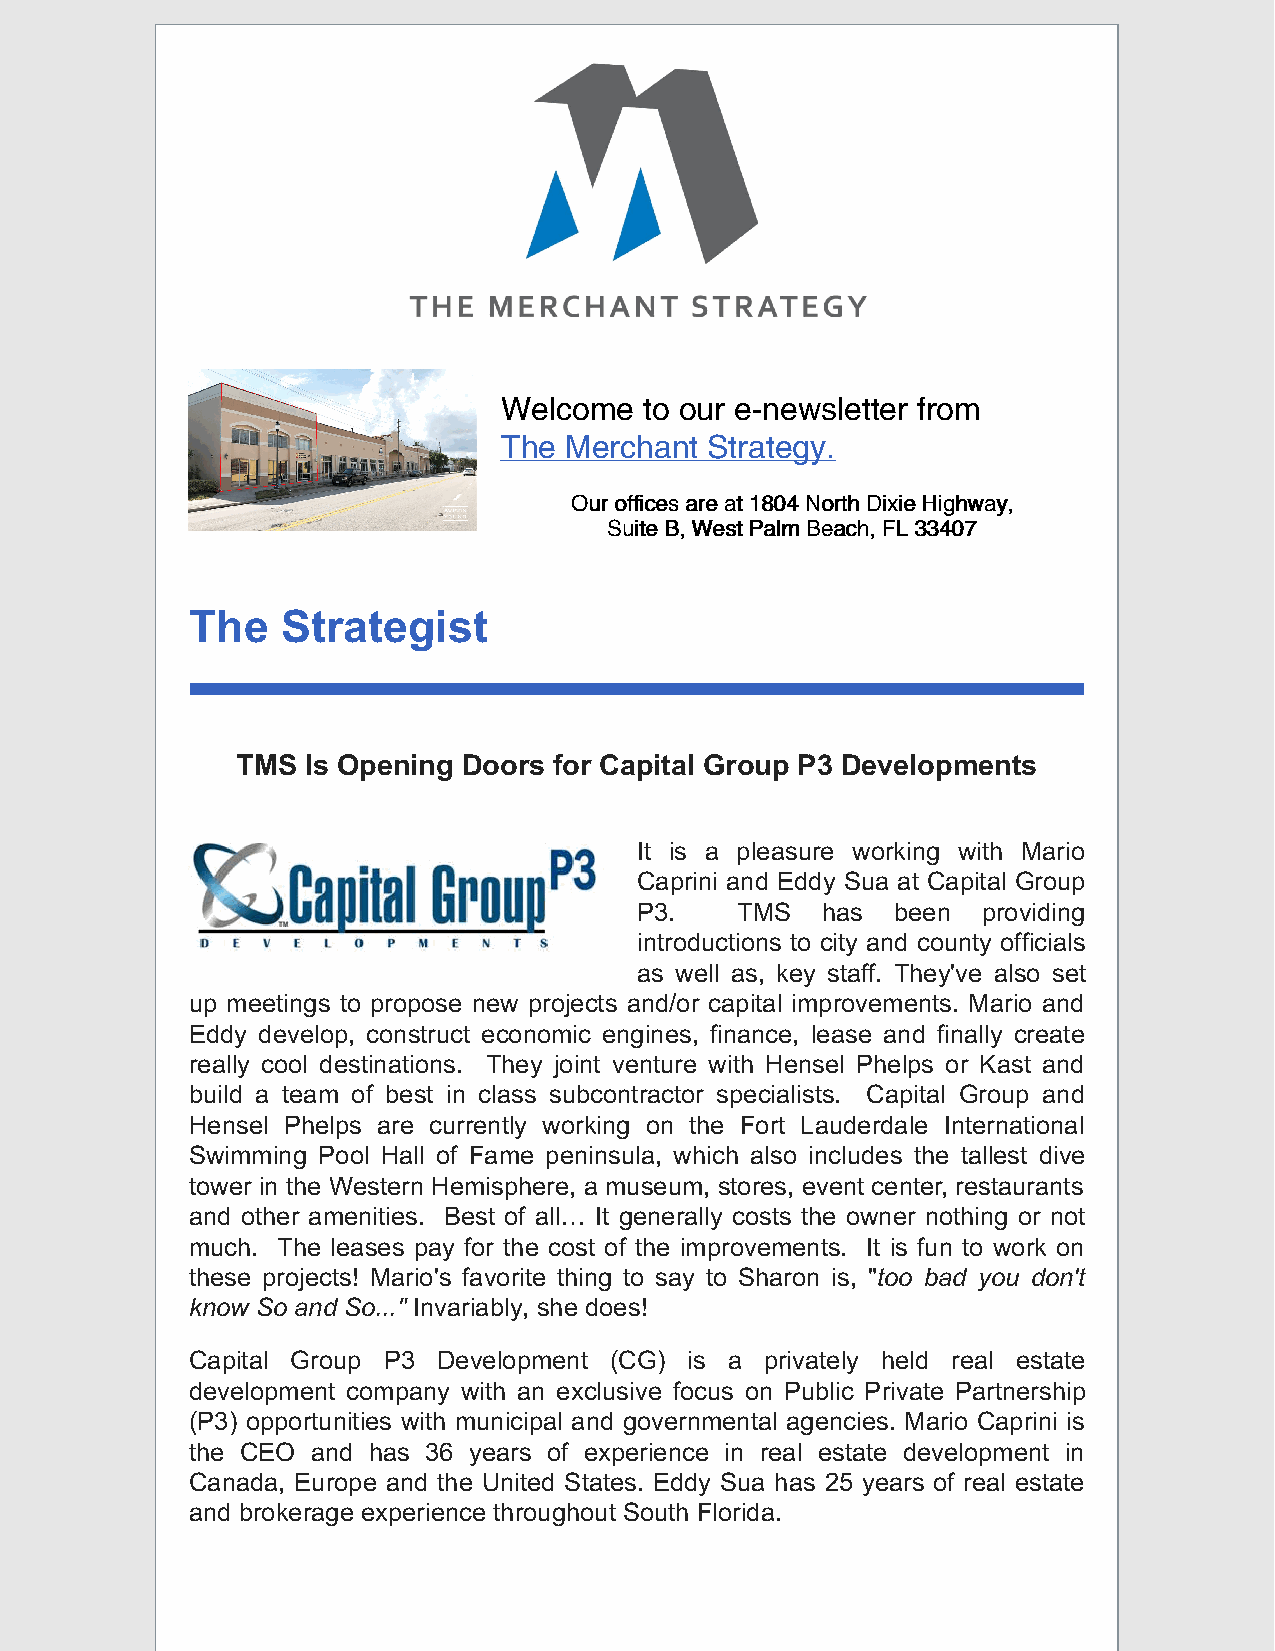
Welcome   to our e-newsletter from
 The Merchant  Strategy.
 OOuurr ooffffiicceess aarree aatt 11880044 NNoorrtthh DDiixxiiee HHiigghhwwaayy,,
 SSuuiittee BB,, WWeesstt PPaallmm BBeeaacchh,, FFLL 3333440077
 The   Strategist
 TMS Is Opening Doors for Capital Group P3 Developments
 It is a pleasure working with Mario
 Caprini and Eddy Sua at Capital Group
 P3.    TMS  has  been  providing
 introductions to city and county officials
 as well as, key staff. They've also set
 up meetings to propose new projects and/or capital improvements. Mario and
 Eddy develop, construct economic engines, finance, lease and finally create
 really cool destinations. They joint venture with Hensel Phelps or Kast and
 build a team of best in class subcontractor specialists. Capital Group and
 Hensel Phelps are currently working on the Fort Lauderdale International
 Swimming Pool Hall of Fame peninsula, which also includes the tallest dive
 tower in the Western Hemisphere, a museum, stores, event center, restaurants
 and other amenities. Best of all… It generally costs the owner nothing or not
 much. The leases pay for the cost of the improvements. It is fun to work on
 these projects! Mario's favorite thing to say to Sharon is, "too bad you don't
 know So and So..." Invariably, she does!
 Capital Group P3 Development (CG) is a privately held real estate
 development company with an exclusive focus on Public Private Partnership
 (P3) opportunities with municipal and governmental agencies. Mario Caprini is
 the CEO and has 36 years of experience in real estate development in
 Canada, Europe and the United States. Eddy Sua has 25 years of real estate
 and brokerage experience throughout South Florida.